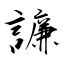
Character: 譧